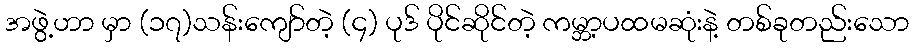
အဖွဲ့ဟာ မှာ (၁၇)သန်းကျော်တဲ့ (၄) ပုဒ် ပိုင်ဆိုင်တဲ့ ကမ္ဘာ့ပထမဆုံးနဲ့ တစ်ခုတည်းသော